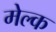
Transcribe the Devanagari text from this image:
मेल्क